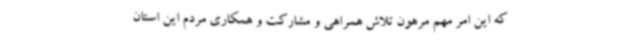
که این امر مهم مرهون تلاش همراهی و مشارکت و همکاری مردم این استان